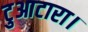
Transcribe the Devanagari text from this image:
टुआटारा।